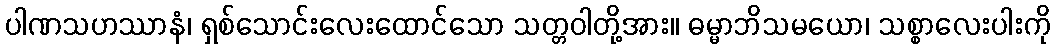
ပါဏသဟဿာနံ၊ ရှစ်သောင်းလေးထောင်သော သတ္တဝါတို့အား။ ဓမ္မာဘိသမယော၊ သစ္စာလေးပါးကို